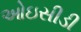
ઓઇસીડી